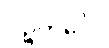
ပဉ္စကင်္ဂေါ